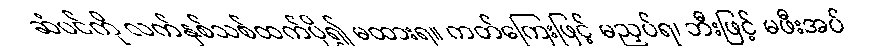
ဆံပင်ကို လက်နှစ်သစ်ထက်ပို၍ မထားရ။ ကတ်ကြေးဖြင့် မညှပ်ရ၊ ဘီးဖြင့် မဖီးအပ်